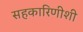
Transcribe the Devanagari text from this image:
सहकारिणीशी